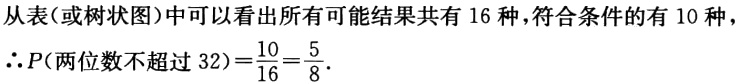
从表(或树状图)中可以看出所有可能结果共有 16 种，符合条件的有 10 种，
\(\therefore P(两位数不超过 32)=\frac{10}{16}=\frac{5}{8}\).